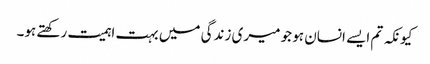
کیونکہ تم ایسے انسان ہو جو میری زندگی میں بہت اہمیت رکھتے ہو۔